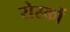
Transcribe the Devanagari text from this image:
रोस्कों